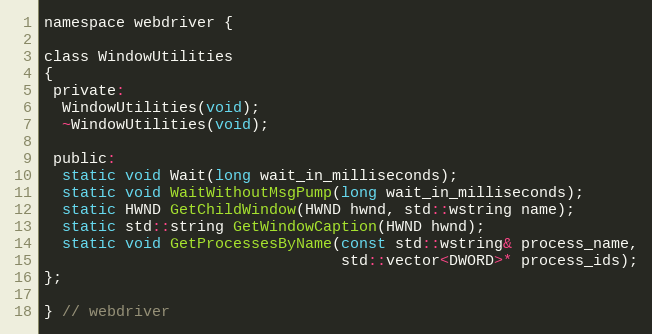
Language: C
namespace webdriver {

class WindowUtilities
{
 private:
  WindowUtilities(void);
  ~WindowUtilities(void);

 public:
  static void Wait(long wait_in_milliseconds);
  static void WaitWithoutMsgPump(long wait_in_milliseconds);
  static HWND GetChildWindow(HWND hwnd, std::wstring name);
  static std::string GetWindowCaption(HWND hwnd);
  static void GetProcessesByName(const std::wstring& process_name,
                                 std::vector<DWORD>* process_ids);
};

} // webdriver